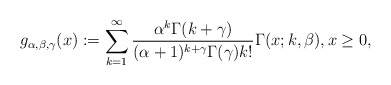
\begin{align*} g_{\alpha,\beta,\gamma}(x):= \sum_{k=1}^{\infty} \frac{\alpha^{k}\Gamma(k+\gamma)}{(\alpha+1)^{k+\gamma}\Gamma (\gamma)k!}\Gamma(x;k,\beta), x \ge 0, \end{align*}